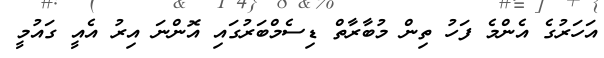
އަހަރުގެ އެންމެ ފަހު ތިން މުބާރާތް ޑިސެމްބަރުގައި އޮންނަ އިރު އެއީ ގައުމީ